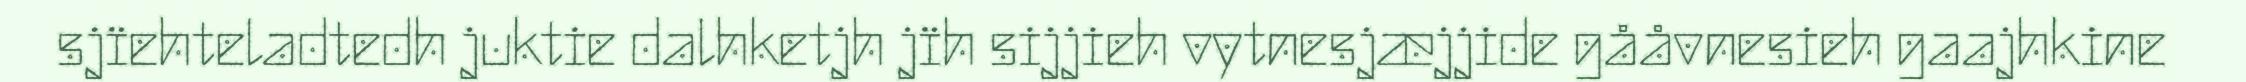
sjïehteladtedh juktie dalhketjh jïh sijjieh vytnesjæjjide gååvnesieh gaajhkine